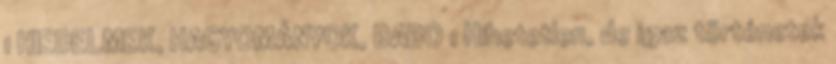
1 HIEDELMEK, HAGYOMÁNYOK, BABO 1 Hihetetlen, de igaz történetek